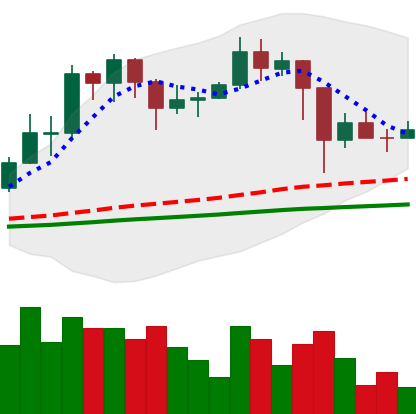
Ticker: TRX-USD
Chart end date: 2021-02-27
Forward return: 10.243%
Label: up_7plus